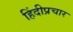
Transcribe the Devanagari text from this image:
हिंदीप्रचार